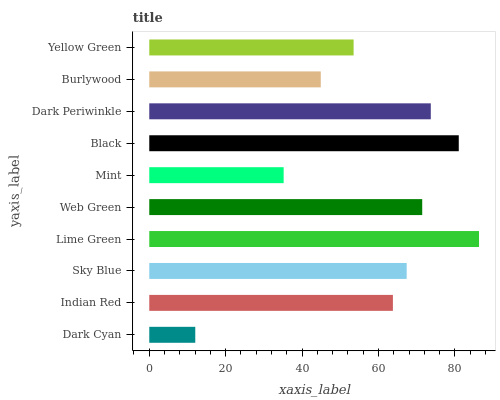
| yaxis_label | bars |
 | --- | --- |
 | Dark Cyan | 12 |
 | Indian Red | 63.8 |
 | Sky Blue | 67.4 |
 | Lime Green | 86.3 |
 | Web Green | 71.4 |
 | Mint | 35.2 |
 | Black | 81 |
 | Dark Periwinkle | 73.7 |
 | Burlywood | 44.9 |
 | Yellow Green | 53.5 |